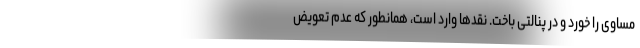
مساوی را خورد و در پنالتی باخت. نقدها وارد است، همانطور که عدم تعویض